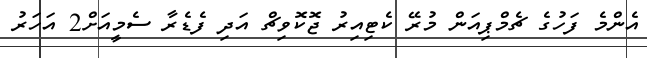
އެންމެ ފަހުގެ ޗެމްޕިއަން މުރޭ ކެޓިއިރު ޖޮކޮވިޗް އަދި ފެޑެރާ ސެމީއަށް2 އަހަރު